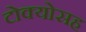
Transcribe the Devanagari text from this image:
टोक्योसह